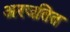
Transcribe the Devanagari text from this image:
अरजतित